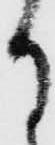
月